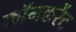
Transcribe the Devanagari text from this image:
कॉनकरेंट